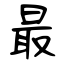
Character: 最